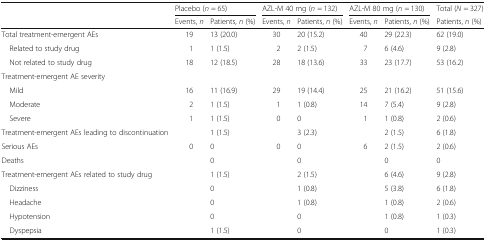
|  | <COLSPAN=2> Placebo (n = 65) | <COLSPAN=2> AZL-M 40 mg (n = 132) | <COLSPAN=2> AZL-M 80 mg (n = 130) | Total (N = 327) |
 |  | Events, n | Patients, n (%) | Events, n | Patients, n (%) | Events, n | Patients, n (%) | Patients, n (%) |
 | --- | --- | --- | --- | --- | --- | --- | --- |
 | Total treatment-emergent AEs | 19 | 13 (20.0) | 30 | 20 (15.2) | 40 | 29 (22.3) | 62 (19.0) |
 | Related to study drug | 1 | 1 (1.5) | 2 | 2 (1.5) | 7 | 6 (4.6) | 9 (2.8) |
 | Not related to study drug | 18 | 12 (18.5) | 28 | 18 (13.6) | 33 | 23 (17.7) | 53 (16.2) |
 | <COLSPAN=8> Treatment-emergent AE severity |
 | Mild | 16 | 11 (16.9) | 29 | 19 (14.4) | 25 | 21 (16.2) | 51 (15.6) |
 | Moderate | 2 | 1 (1.5) | 1 | 1 (0.8) | 14 | 7 (5.4) | 9 (2.8) |
 | Severe | 1 | 1 (1.5) | 0 | 0 | 1 | 1 (0.8) | 2 (0.6) |
 | Treatment-emergent AEs leading to discontinuation |  | 1 (1.5) |  | 3 (2.3) |  | 2 (1.5) | 6 (1.8) |
 | Serious AEs | 0 | 0 | 0 | 0 | 6 | 2 (1.5) | 2 (0.6) |
 | Deaths |  | 0 |  | 0 |  | 0 | 0 |
 | Treatment-emergent AEs related to study drug |  | 1 (1.5) |  | 2 (1.5) |  | 6 (4.6) | 9 (2.8) |
 | Dizziness |  | 0 |  | 1 (0.8) |  | 5 (3.8) | 6 (1.8) |
 | Headache |  | 0 |  | 1 (0.8) |  | 1 (0.8) | 2 (0.6) |
 | Hypotension |  | 0 |  | 0 |  | 1 (0.8) | 1 (0.3) |
 | Dyspepsia |  | 1 (1.5) |  | 0 |  | 0 | 1 (0.3) |